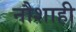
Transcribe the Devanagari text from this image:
नौशाही